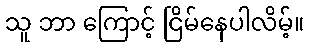
သူ ဘာ ကြောင့် ငြိမ်နေပါလိမ့်။